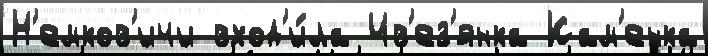
Н'емков'ичи вход'и́ла Ив'ез'янка Кам'енка